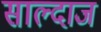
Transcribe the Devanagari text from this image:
साल्दाज